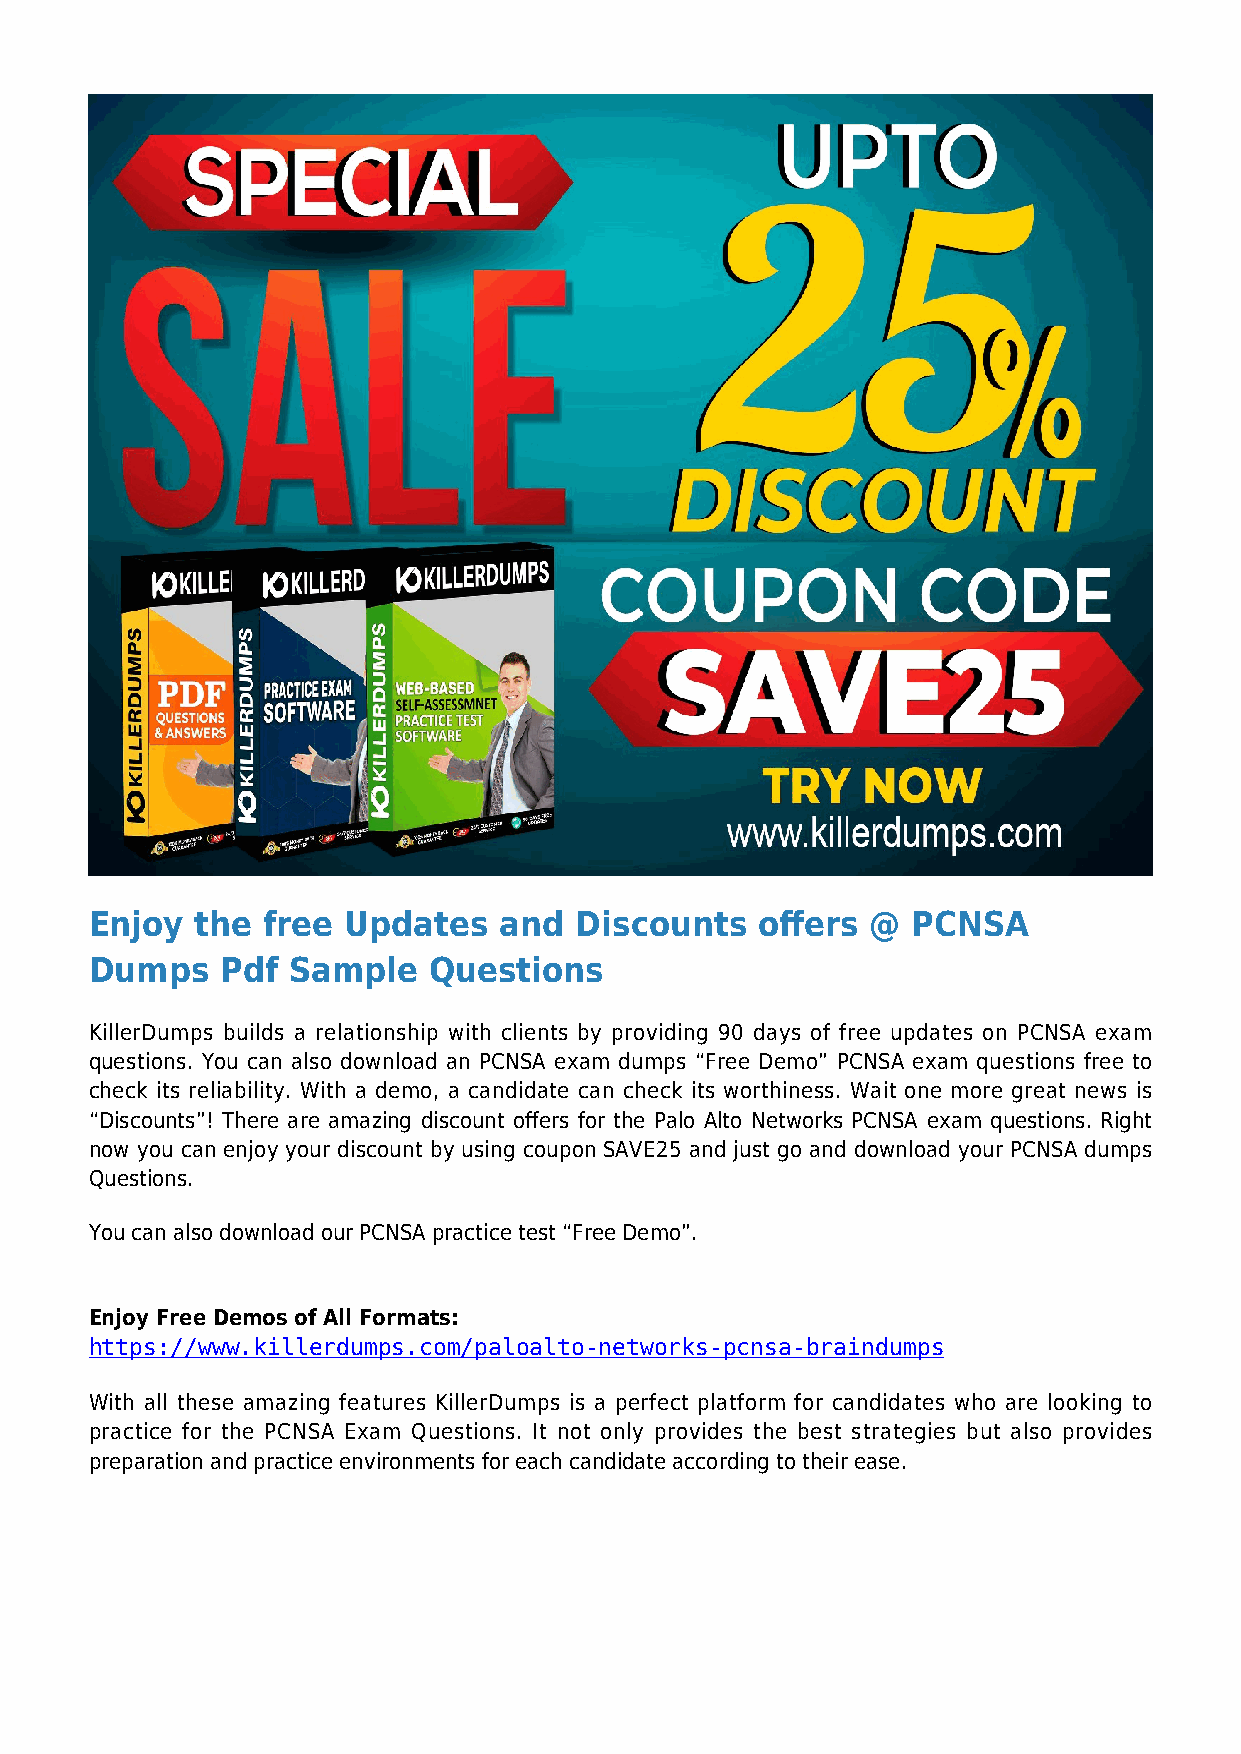
Enjoy  the free  Updates   and  Discounts   offers  @ PCNSA
 Dumps    Pdf Sample   Questions
 KillerDumps builds a relationship with clients by providing 90 days of free updates on PCNSA exam
 questions. You can also download an PCNSA exam dumps “Free Demo” PCNSA exam questions free to
 check its reliability. With a demo, a candidate can check its worthiness. Wait one more great news is
 “Discounts”! There are amazing discount offers for the Palo Alto Networks PCNSA exam questions. Right
 now you can enjoy your discount by using coupon SAVE25 and just go and download your PCNSA dumps
 Questions.
 You can also download our PCNSA practice test “Free Demo”.
 Enjoy Free Demos of All Formats:
 https://www.killerdumps.com/paloalto-networks-pcnsa-braindumps
 With all these amazing features KillerDumps is a perfect platform for candidates who are looking to
 practice for the PCNSA Exam Questions. It not only provides the best strategies but also provides
 preparation and practice environments for each candidate according to their ease.